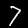
Digit: 7